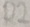
Text: R2